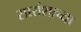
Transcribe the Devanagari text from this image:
सारांशाच्या